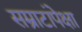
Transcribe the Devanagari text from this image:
सम्राटांपेक्षा